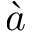
\grave { a }